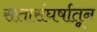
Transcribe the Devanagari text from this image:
सत्तासंघर्षातून